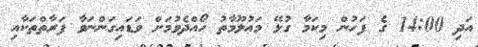
އަދި 14:00 ގެ ފަހުން މިކަމާ ގުޅޭ މަޢުލޫމާތު ހޯއްދެވުމަށް ވަޑައިގަންނަވާ ފަރާތްތަކާއި